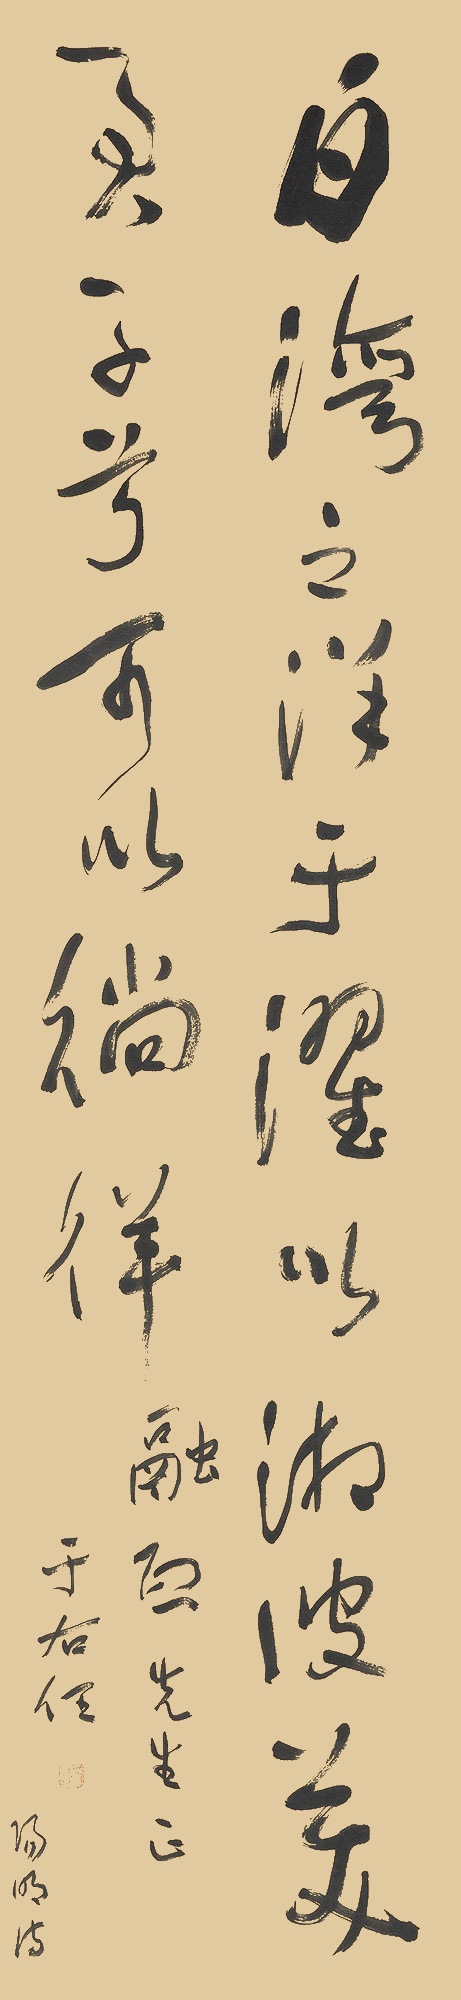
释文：白湾之洋，于濯以湘。彼美君子兮，可以徜徉。融熙先生正。于右任。阳明诗。